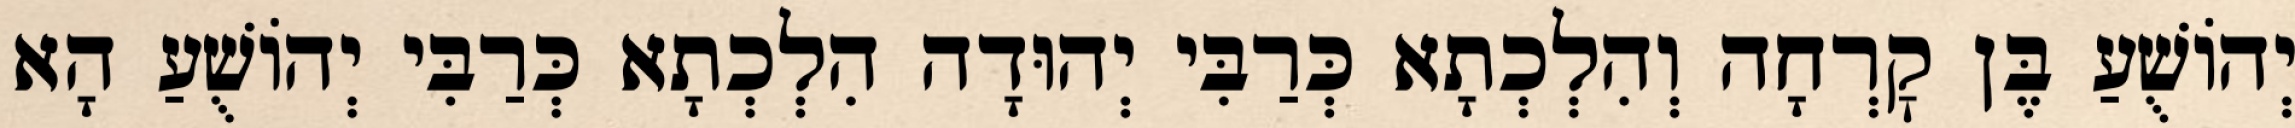
יְהוֹשֻׁעַ בֶּן קׇרְחָה וְהִלְכְתָא כְּרַבִּי יְהוּדָה הִלְכְתָא כְּרַבִּי יְהוֹשֻׁעַ הָא